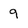
Character: 9